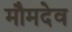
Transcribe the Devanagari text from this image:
मौमदेव